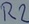
Text: R2